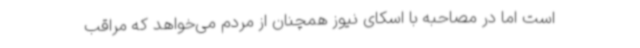
است اما در مصاحبه با اسکای نیوز همچنان از مردم می‌خواهد که مراقب